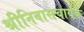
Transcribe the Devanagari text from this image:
श्रीनिवासचार्यके